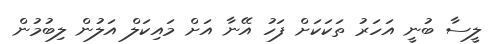
ލީސާ ބުނީ އަހަރު ތަކަކަށް ފަހު އޭނާ އަށް މައިކަލް އަލުން ލިބުމުން